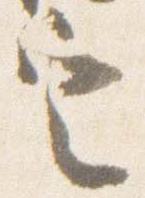
定